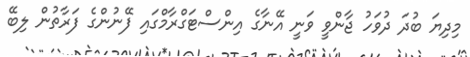
މިދިޔަ ބުދަ ދުވަހު ޖާންވީ ވަނީ އޭނާގެ އިންސްޓަގްރާމްގައި ފޭނުންގެ ފަރާތުން ލިބޭ